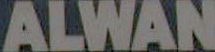
ALWAN